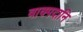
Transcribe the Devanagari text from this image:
वाक्पदानि